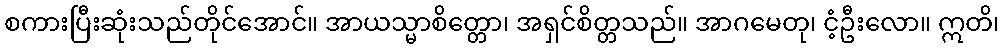
စကားပြီးဆုံးသည်တိုင်အောင်။ အာယသ္မာစိတ္တော၊ အရှင်စိတ္တသည်။ အာဂမေတု၊ ငံ့ဦးလော။ ဣတိ၊